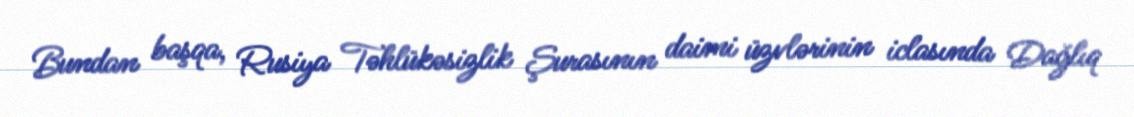
Bundan başqa, Rusiya Təhlükəsizlik Şurasının daimi üzvlərinin iclasında Dağlıq